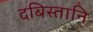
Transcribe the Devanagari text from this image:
दबिस्तानि